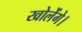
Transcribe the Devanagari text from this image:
खोलेंगे।